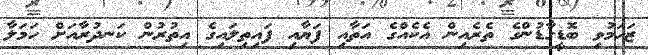
ޒަހަމުވި ބޮޑީގާޑުންގެ ތެރެއިން އެކެއްގެ އަތާއި ފަޔާއި ފައިތިލައިގެ އިތުރުން ކަނދުރާއަށް ހަމަލާ